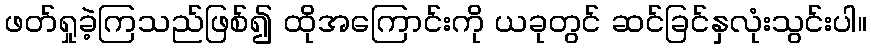
ဖတ်ရှုခဲ့ကြသည်ဖြစ်၍ ထိုအကြောင်းကို ယခုတွင် ဆင်ခြင်နှလုံးသွင်းပါ။